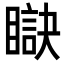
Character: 𥊜